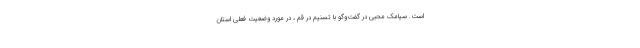
است. سیامک محبی در گفت‌وگو با تسنیم در قم ، در مورد وضعیت فعلی استان